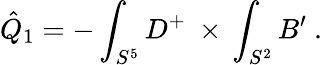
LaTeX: \hat{Q}_{1}=-\int_{S^{5}}D^{+}\ \times\, \int_{S^{2}}B^{\prime}\ .